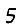
Digit: 5